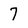
Character: 7